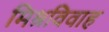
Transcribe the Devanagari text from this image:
मिश्रविवाह